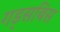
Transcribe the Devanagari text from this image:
गड्सबिस